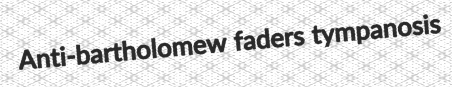
Anti-bartholomew faders tympanosis